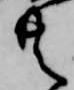
共